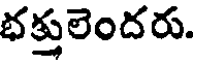
భక్తులెందరు.